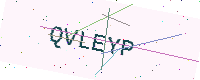
Text: QVLEYP